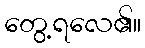
တွေ့ရလေ၏။